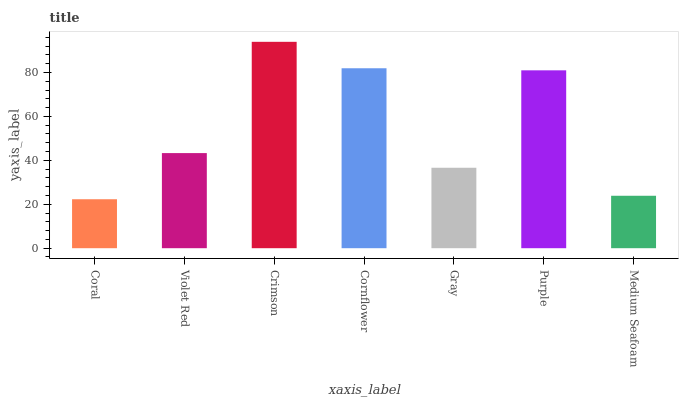
| xaxis_label | bars |
 | --- | --- |
 | Coral | 22.3 |
 | Violet Red | 43.3 |
 | Crimson | 93.9 |
 | Cornflower | 81.9 |
 | Gray | 36.6 |
 | Purple | 81 |
 | Medium Seafoam | 23.9 |